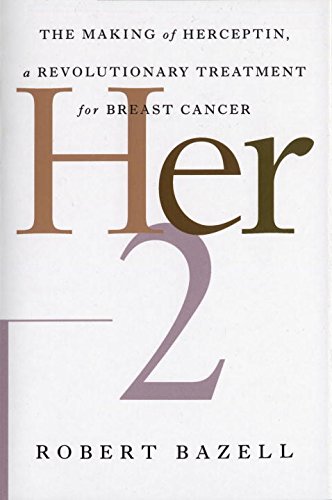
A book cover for Her-2: The Making of Herceptin, a Revolutionary Treatment for Breast Cancer; Robert Bazell; Health, Fitness & Dieting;